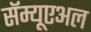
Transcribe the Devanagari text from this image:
सॅम्यूएअल